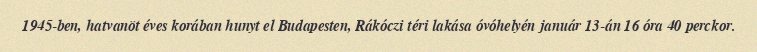
1945-ben, hatvanöt éves korában hunyt el Budapesten, Rákóczi téri lakása óvóhelyén január 13-án 16 óra 40 perckor.